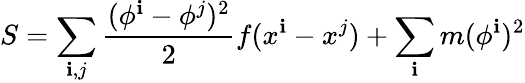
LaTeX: S=\sum_{\mathbf{i},j}{\frac{{(\phi^{\mathbf{i}}-\phi^{j})^{2}}}{{2}}}f(x^{\mathbf{i}}-x^{j})+\sum_{\mathbf{i}}m(\phi^{\mathbf{i}})^{2}